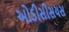
ઓડીસીસયસ